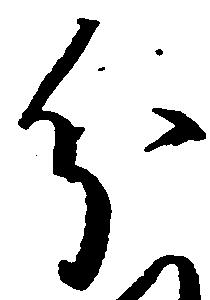
分